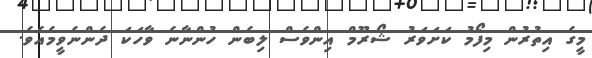
މީގެ އިތުރުން މިފޯމު ކަށަވަރު ޝޯރޫމް އިންވެސް ލިބެން ހުންނާނެ ވާހަކަ ދެންނެވީމެއެވެ.